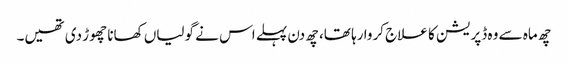
چھ ماہ سے وہ ڈپریشن کا علاج کروا رہا تھا، چھ دن پہلے اس نے گولیاں کھانا چھوڑ دی تھیں۔